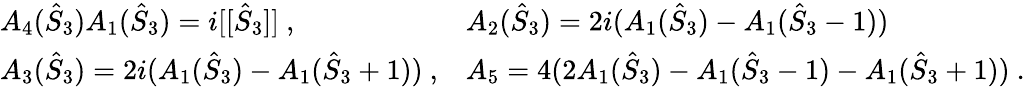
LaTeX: \begin{array}{ll}{{A_{4}(\hat{S}_{3})A_{1}(\hat{S}_{3})=i[[\hat{S}_{3}]]~,~~~~~~~}}&{{A_{2}(\hat{S}_{3})=2i(A_{1}(\hat{S}_{3})-A_{1}(\hat{S}_{3}-1))}}\\ {{A_{3}(\hat{S}_{3})=2i(A_{1}(\hat{S}_{3})-A_{1}(\hat{S}_{3}+1))~,}}&{{A_{5}=4(2A_{1}(\hat{S}_{3})-A_{1}(\hat{S}_{3}-1)-A_{1}(\hat{S}_{3}+1))~.}}\end{array}